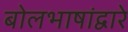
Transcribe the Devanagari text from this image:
बोलभाषांद्वारे